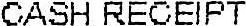
CASH RECEIPT